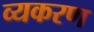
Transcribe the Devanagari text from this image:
व्यकरण